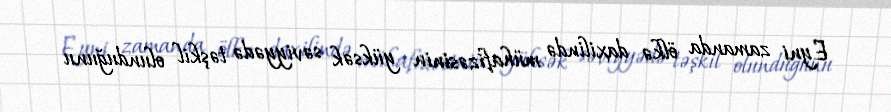
Eyni zamanda ölkə daxilində mühafizəsinin yüksək səviyyədə təşkil olunduğunu